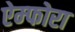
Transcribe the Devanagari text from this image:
ऐम्फोरा